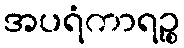
အပရံကာရဉ္စ